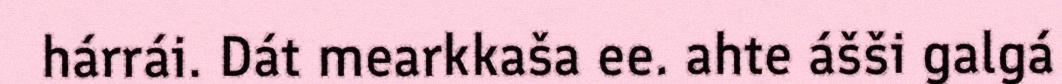
hárrái. Dát mearkkaša ee. ahte ášši galgá